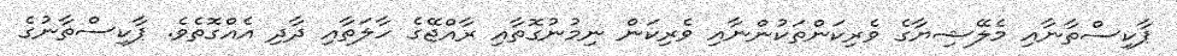
ޕާކިސްތާނާއި މެލޭޝިޔާގެ ވެރިކަންތަކުންނާއި ވެރިކަން ނިމުނުގޮތާއި ރާއްޖޭގެ ހާލަތާއި ދާދި އެއްގޮތެވެ. ޕާކިސްތާނުގެ